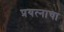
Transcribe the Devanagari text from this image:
प्रयत्‍नाचा